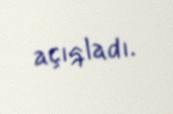
açıqladı.